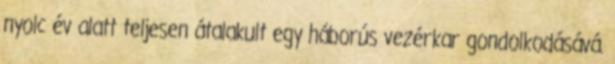
nyolc év alatt teljesen átalakult egy háborús vezérkar gondolkodásává.